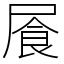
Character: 䬤